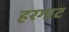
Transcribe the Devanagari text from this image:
हरगाट